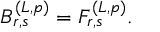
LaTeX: B _ { r , s } ^ { ( L , p ) } = F _ { r , s } ^ { ( L , p ) } .